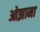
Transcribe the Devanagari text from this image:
ओझामा